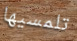
تلمسيها